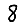
Digit: 8